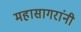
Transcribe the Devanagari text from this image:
महासागरांनी